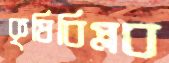
কৃষিবিপ্লব